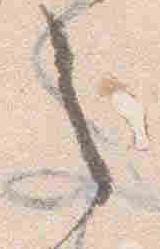
之